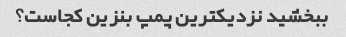
ببخشید نزدیکترین پمپ بنزین کجاست؟